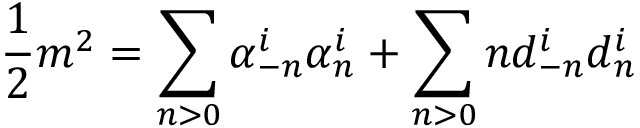
\frac { 1 } { 2 } m ^ { 2 } = \sum _ { n > 0 } \alpha _ { - n } ^ { i } \alpha _ { n } ^ { i } + \sum _ { n > 0 } n d _ { - n } ^ { i } d _ { n } ^ { i }